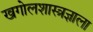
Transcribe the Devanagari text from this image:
खगोलशास्त्रज्ञाला